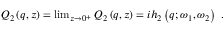
\begin{array} { r } { Q _ { 2 } \left( q , z \right) = \operatorname* { l i m } _ { z \to 0 ^ { + } } Q _ { 2 } \left( q , z \right) = i h _ { 2 } \left( q ; \omega _ { 1 } , \omega _ { 2 } \right) \ . } \end{array}